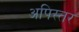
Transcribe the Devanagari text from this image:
अपिस्तर